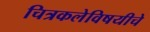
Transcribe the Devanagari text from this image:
चित्रकलेविषयीचे